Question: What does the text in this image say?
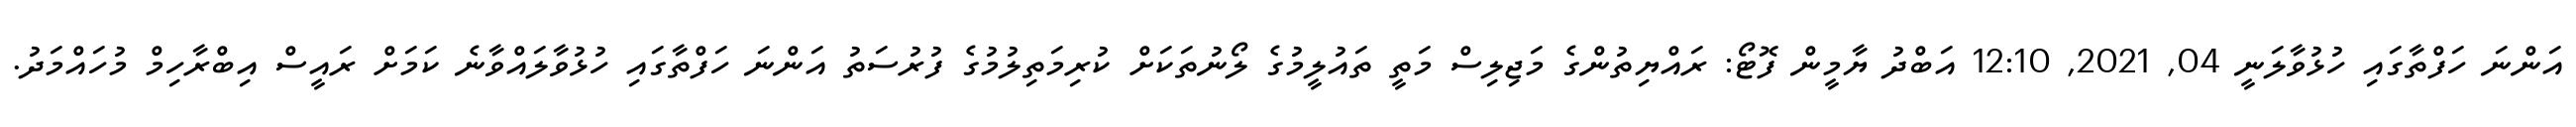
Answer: އަންނަ ހަފްތާގައި ހުޅުވާލަނީ 04, 2021, 12:10 އަބްދު ޔާމީން ފޮޓޯ: ރައްޔިތުންގެ މަޖިލިސް މަތީ ތައުލީމުގެ ލޯނުތަކަށް ކުރިމަތިލުމުގެ ފުރުސަތު އަންނަ ހަފްތާގައި ހުޅުވާލައްވާނެ ކަމަށް ރައީސް އިބްރާހިމް މުހައްމަދު.